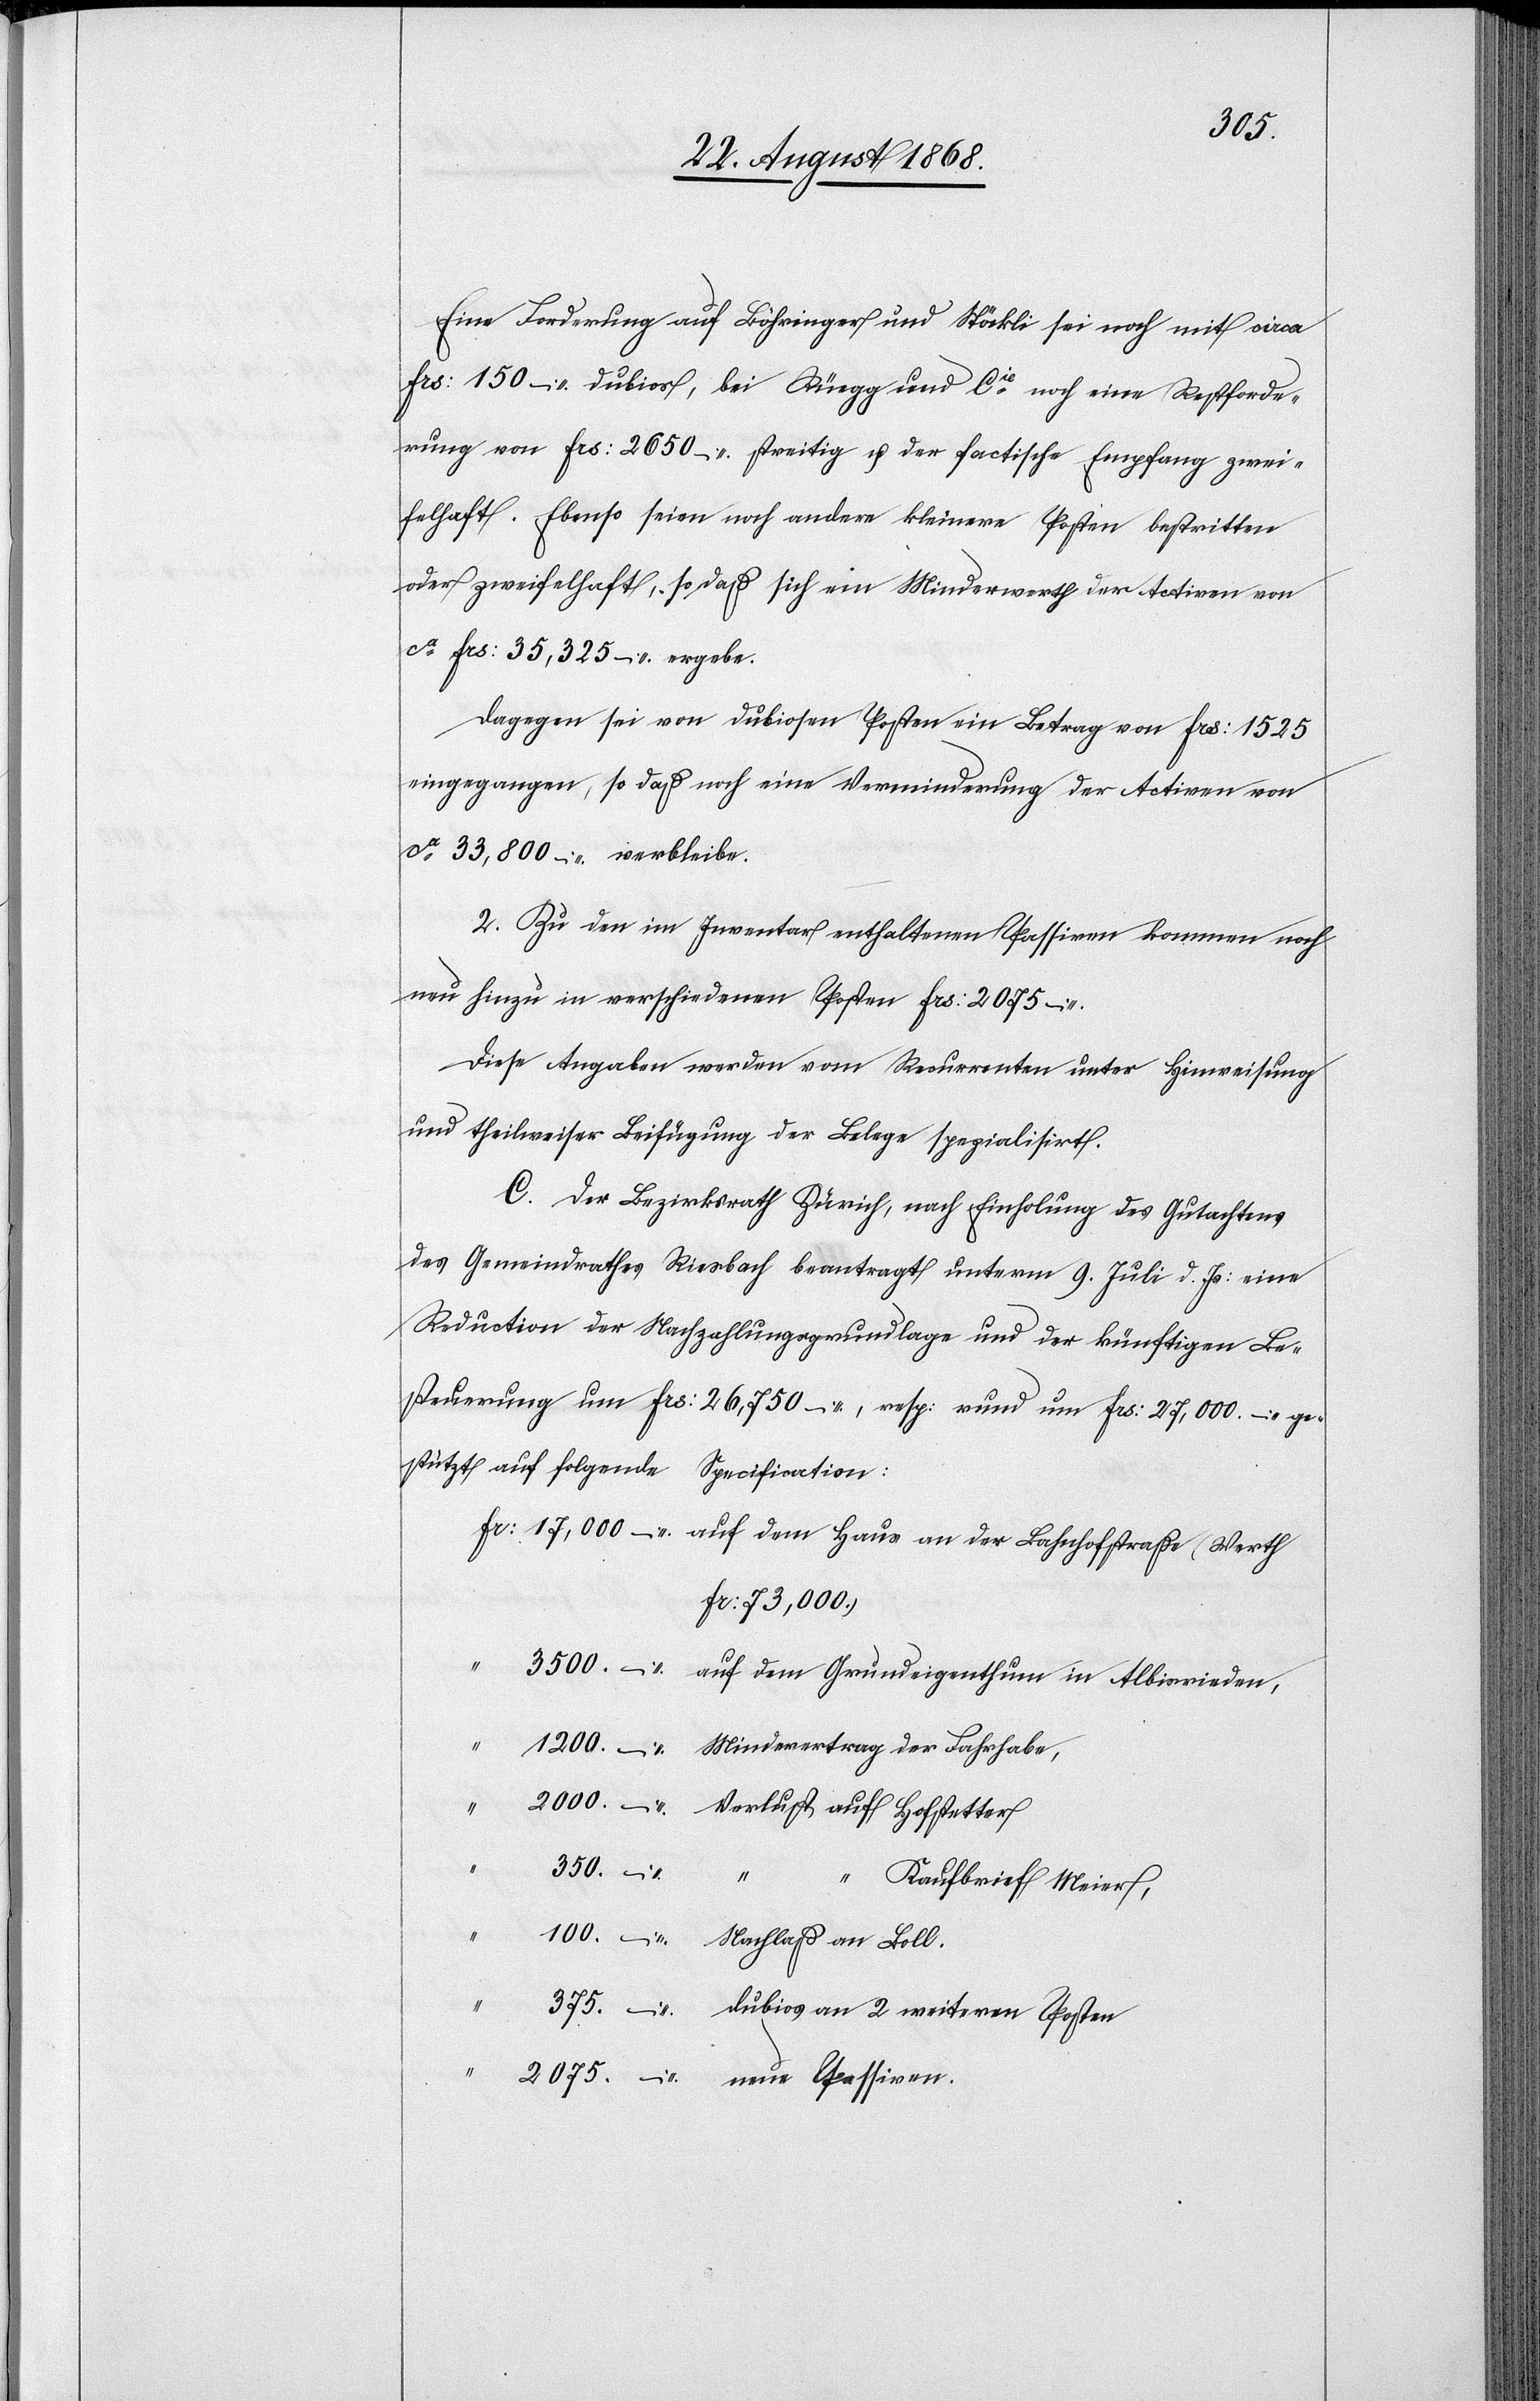
2075.
Eine Forderung auf Böhringer und Stöckli sei noch mit circa
Frs: 150 – dubios, bei Rüegg und Cie noch eine Restforde¬
rung von Frs: 2650 – streitig u. der factische Empfang zwei¬
felhaft. Ebenso seien noch andere kleinere Posten bestritten
oder zweifelhaft, so daß sich ein Minderwerth der Activen von
ca Frs: 35,325 – ergebe.
Dagegen sei von dubiosen Posten ein Betrag von Frs: 1525
eingegangen, so daß noch eine Verminderung der Activen von
ca 33,800 – verbleibe.
2. Zu den im Inventar enthaltenen Passiven kommen noch
neu hinzu in verschiedenen Posten Frs: 2075 –
Diese Angaben werden vom Recurrenten unter Hinweisung
und theilweiser Beifügung der Belege spezialisirt.
C. Der Bezirksrath Zürich, nach Einholung des Gutachtens
des Gemeindrathes Riesbach beantragt unterm 9. Juli d. Js: eine
Reduction der Nachzahlungsgrundlage und der künftigen Be¬
steuerung um Frs: 26,750 –, resp: rund um Frs: 27,000 – ge¬
stützt auf folgende Specification:
Fr: 73,000.)
“ Kaufbrief Meier,
dubios an 2 weiteren Posten